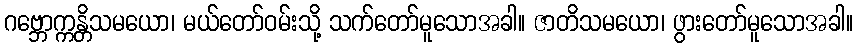
ဂဗ္ဘောက္ကန္တိသမယော၊ မယ်တော်ဝမ်းသို့ သက်တော်မူသောအခါ။ ဇာတိသမယော၊ ဖွားတော်မူသောအခါ။